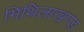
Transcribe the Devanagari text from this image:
मिथिलाखण्ड